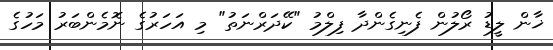
ޚާން ލީޑު ރޯލުން ފެނިގެންދާ ފިލްމު "ކޭދަރްނަތު" މި އަހަރުގެ ނޮމެންބަރު މަހުގެ